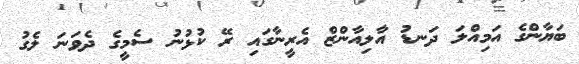
ބަޔާންގެ އަމިއްލަ ދަނޑު އާލިއާންޒް އެރީނާގައި ރޭ ކުޅުނު ސެމީގެ ދެވަނަ ލެގު